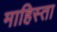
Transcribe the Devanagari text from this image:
माहिस्ता